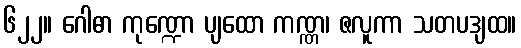
၆၂၂။ ဂေါဓာ ကုဏ္ဍော ပျထော ကဏ္ဏ၊ ဇလူကာ သတပဒျထ။